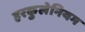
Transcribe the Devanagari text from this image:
हरकुलेनियम